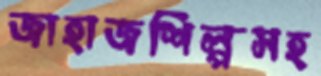
জাহাজশিল্পসহ